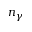
n _ { \gamma }